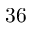
3 6